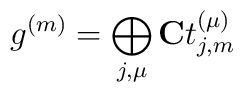
g^{(m)}= \bigoplus_{j,\mu} {\bf C} t_{j,m}^{(\mu)}